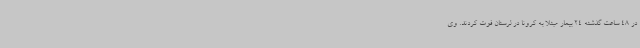
در 48 ساعت گذشته 24 بیمار مبتلا به کرونا در لرستان فوت کردند. وی